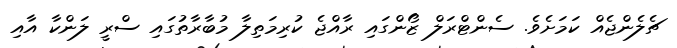
ޗެލެންޖެއް ކަމަށެވެ. ސެންޓްރަލް ޒޯންގައި ރާއްޖެ ކުރިމަތިލާ މުބާރާތުގައި ސްރީ ލަންކާ އާއި